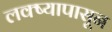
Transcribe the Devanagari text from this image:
लक्ष्यापासून